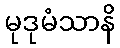
မုဒုမံသာနိ